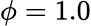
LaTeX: \phi=1.0